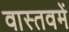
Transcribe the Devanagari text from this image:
वास्तवमें